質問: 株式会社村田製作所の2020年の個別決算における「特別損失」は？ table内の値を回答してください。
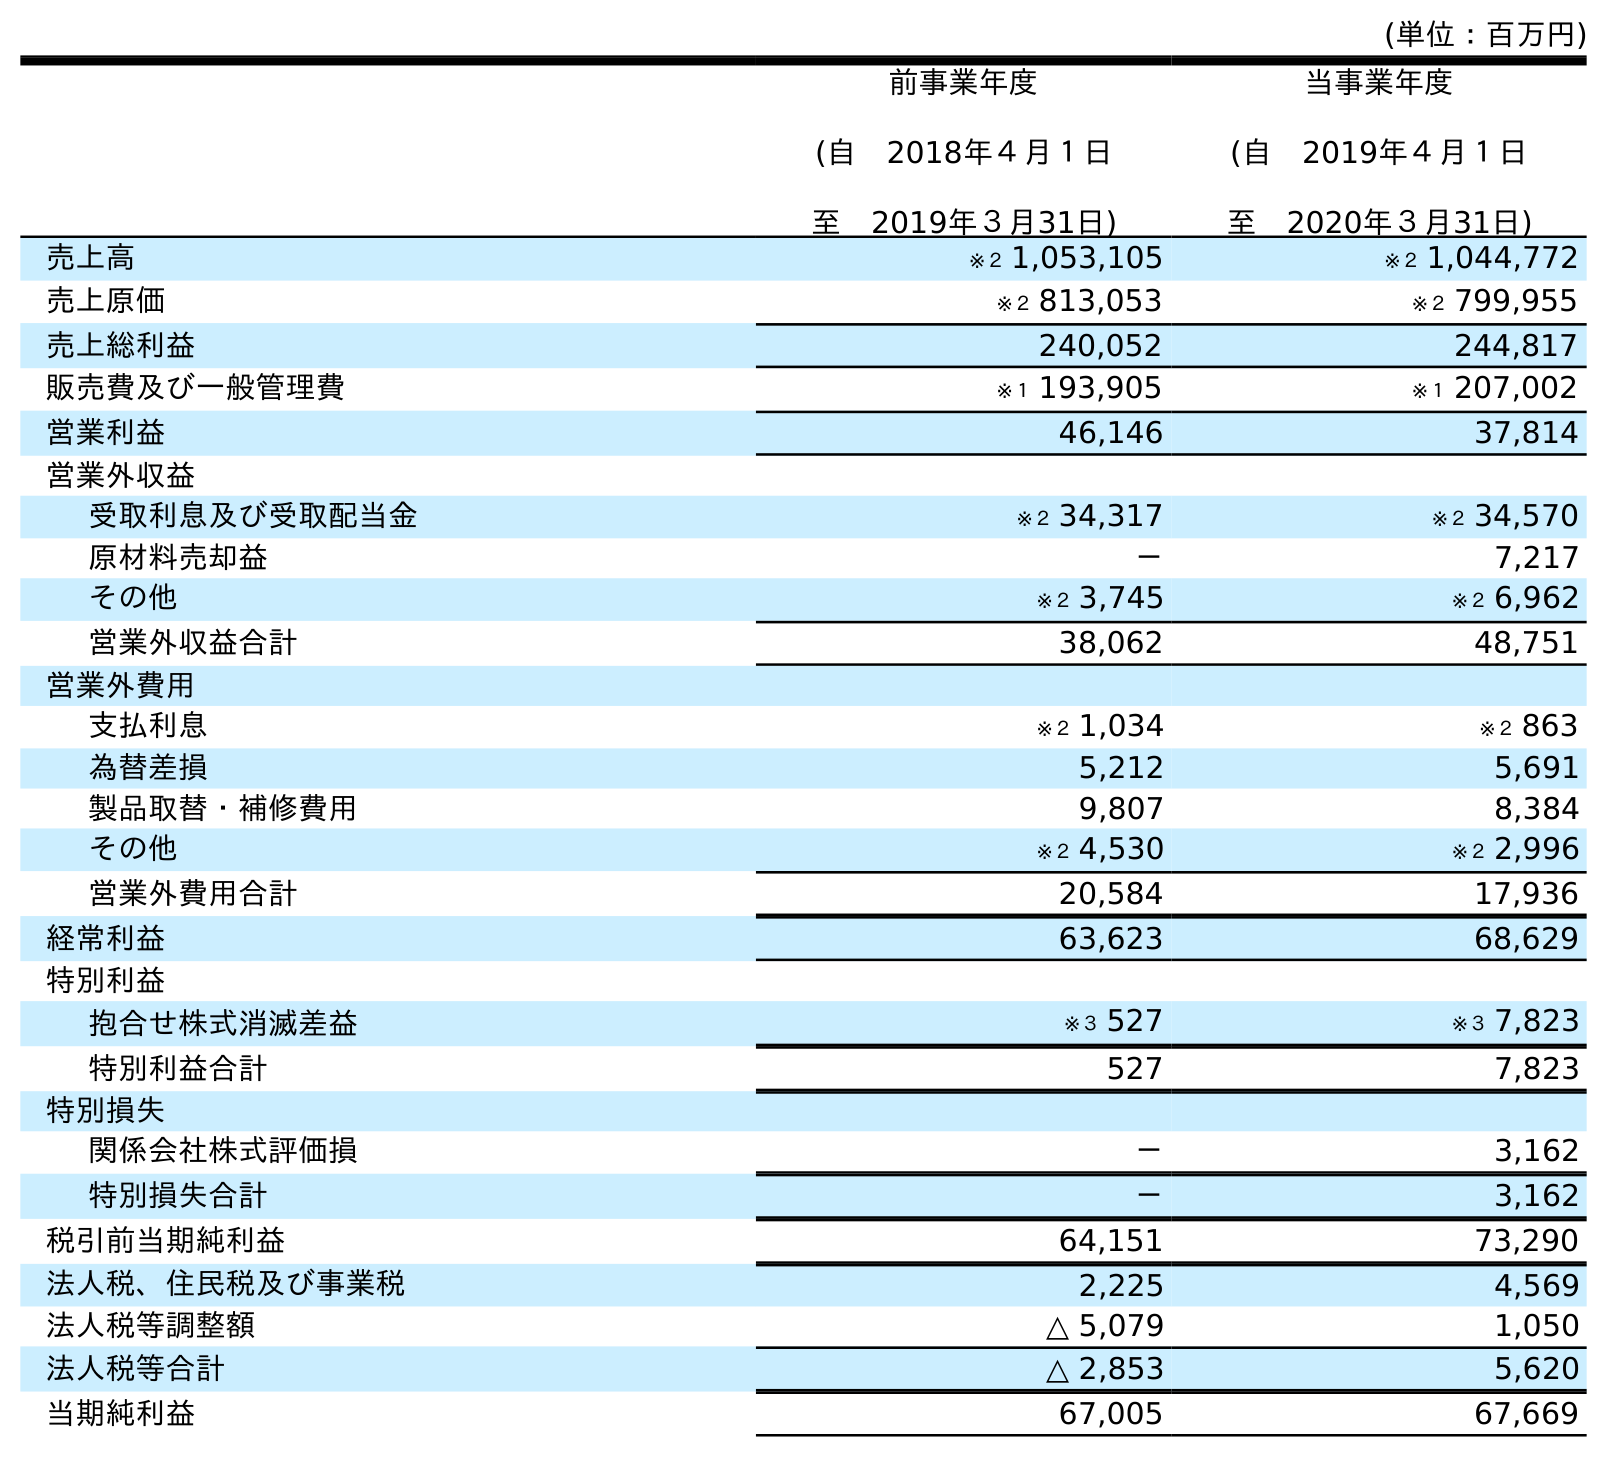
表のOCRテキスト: (単位：百万円) 前事業年度 (自 2018年４月１日 至 2019年３月31日) 当事業年度 (自 2019年４月１日 至 2020年３月31日) 売上高 ※２ 1,053,105 ※２ 1,044,772 売上原価 ※２ 813,053 ※２ 799,955 売上総利益 240,052 244,817 販売費及び一般管理費 ※１ 193,905 ※１ 207,002 営業利益 46,146 37,814 営業外収益 受取利息及び受取配当金 ※２ 34,317 ※２ 34,570 原材料売却益 － 7,217 その他 ※２ 3,745 ※２ 6,962 営業外収益合計 38,062 48,751 営業外費用 支払利息 ※２ 1,034 ※２ 863 為替差損 5,212 5,691 製品取替・補修費用 9,807 8,384 その他 ※２ 4,530 ※２ 2,996 営業外費用合計 20,584 17,936 経常利益 63,623 68,629 特別利益 抱合せ株式消滅差益 ※３ 527 ※３ 7,823 特別利益合計 527 7,823 特別損失 関係会社株式評価損 － 3,162 特別損失合計 － 3,162 税引前当期純利益 64,151 73,290 法人税、住民税及び事業税 2,225 4,569 法人税等調整額 △ 5,079 1,050 法人税等合計 △ 2,853 5,620 当期純利益 67,005 67,669
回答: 3,162